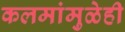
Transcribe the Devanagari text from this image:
कलमांमुळेही